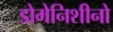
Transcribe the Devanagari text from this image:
डोमेनिशीनो